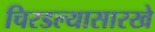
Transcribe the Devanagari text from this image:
चिरडल्यासारखे